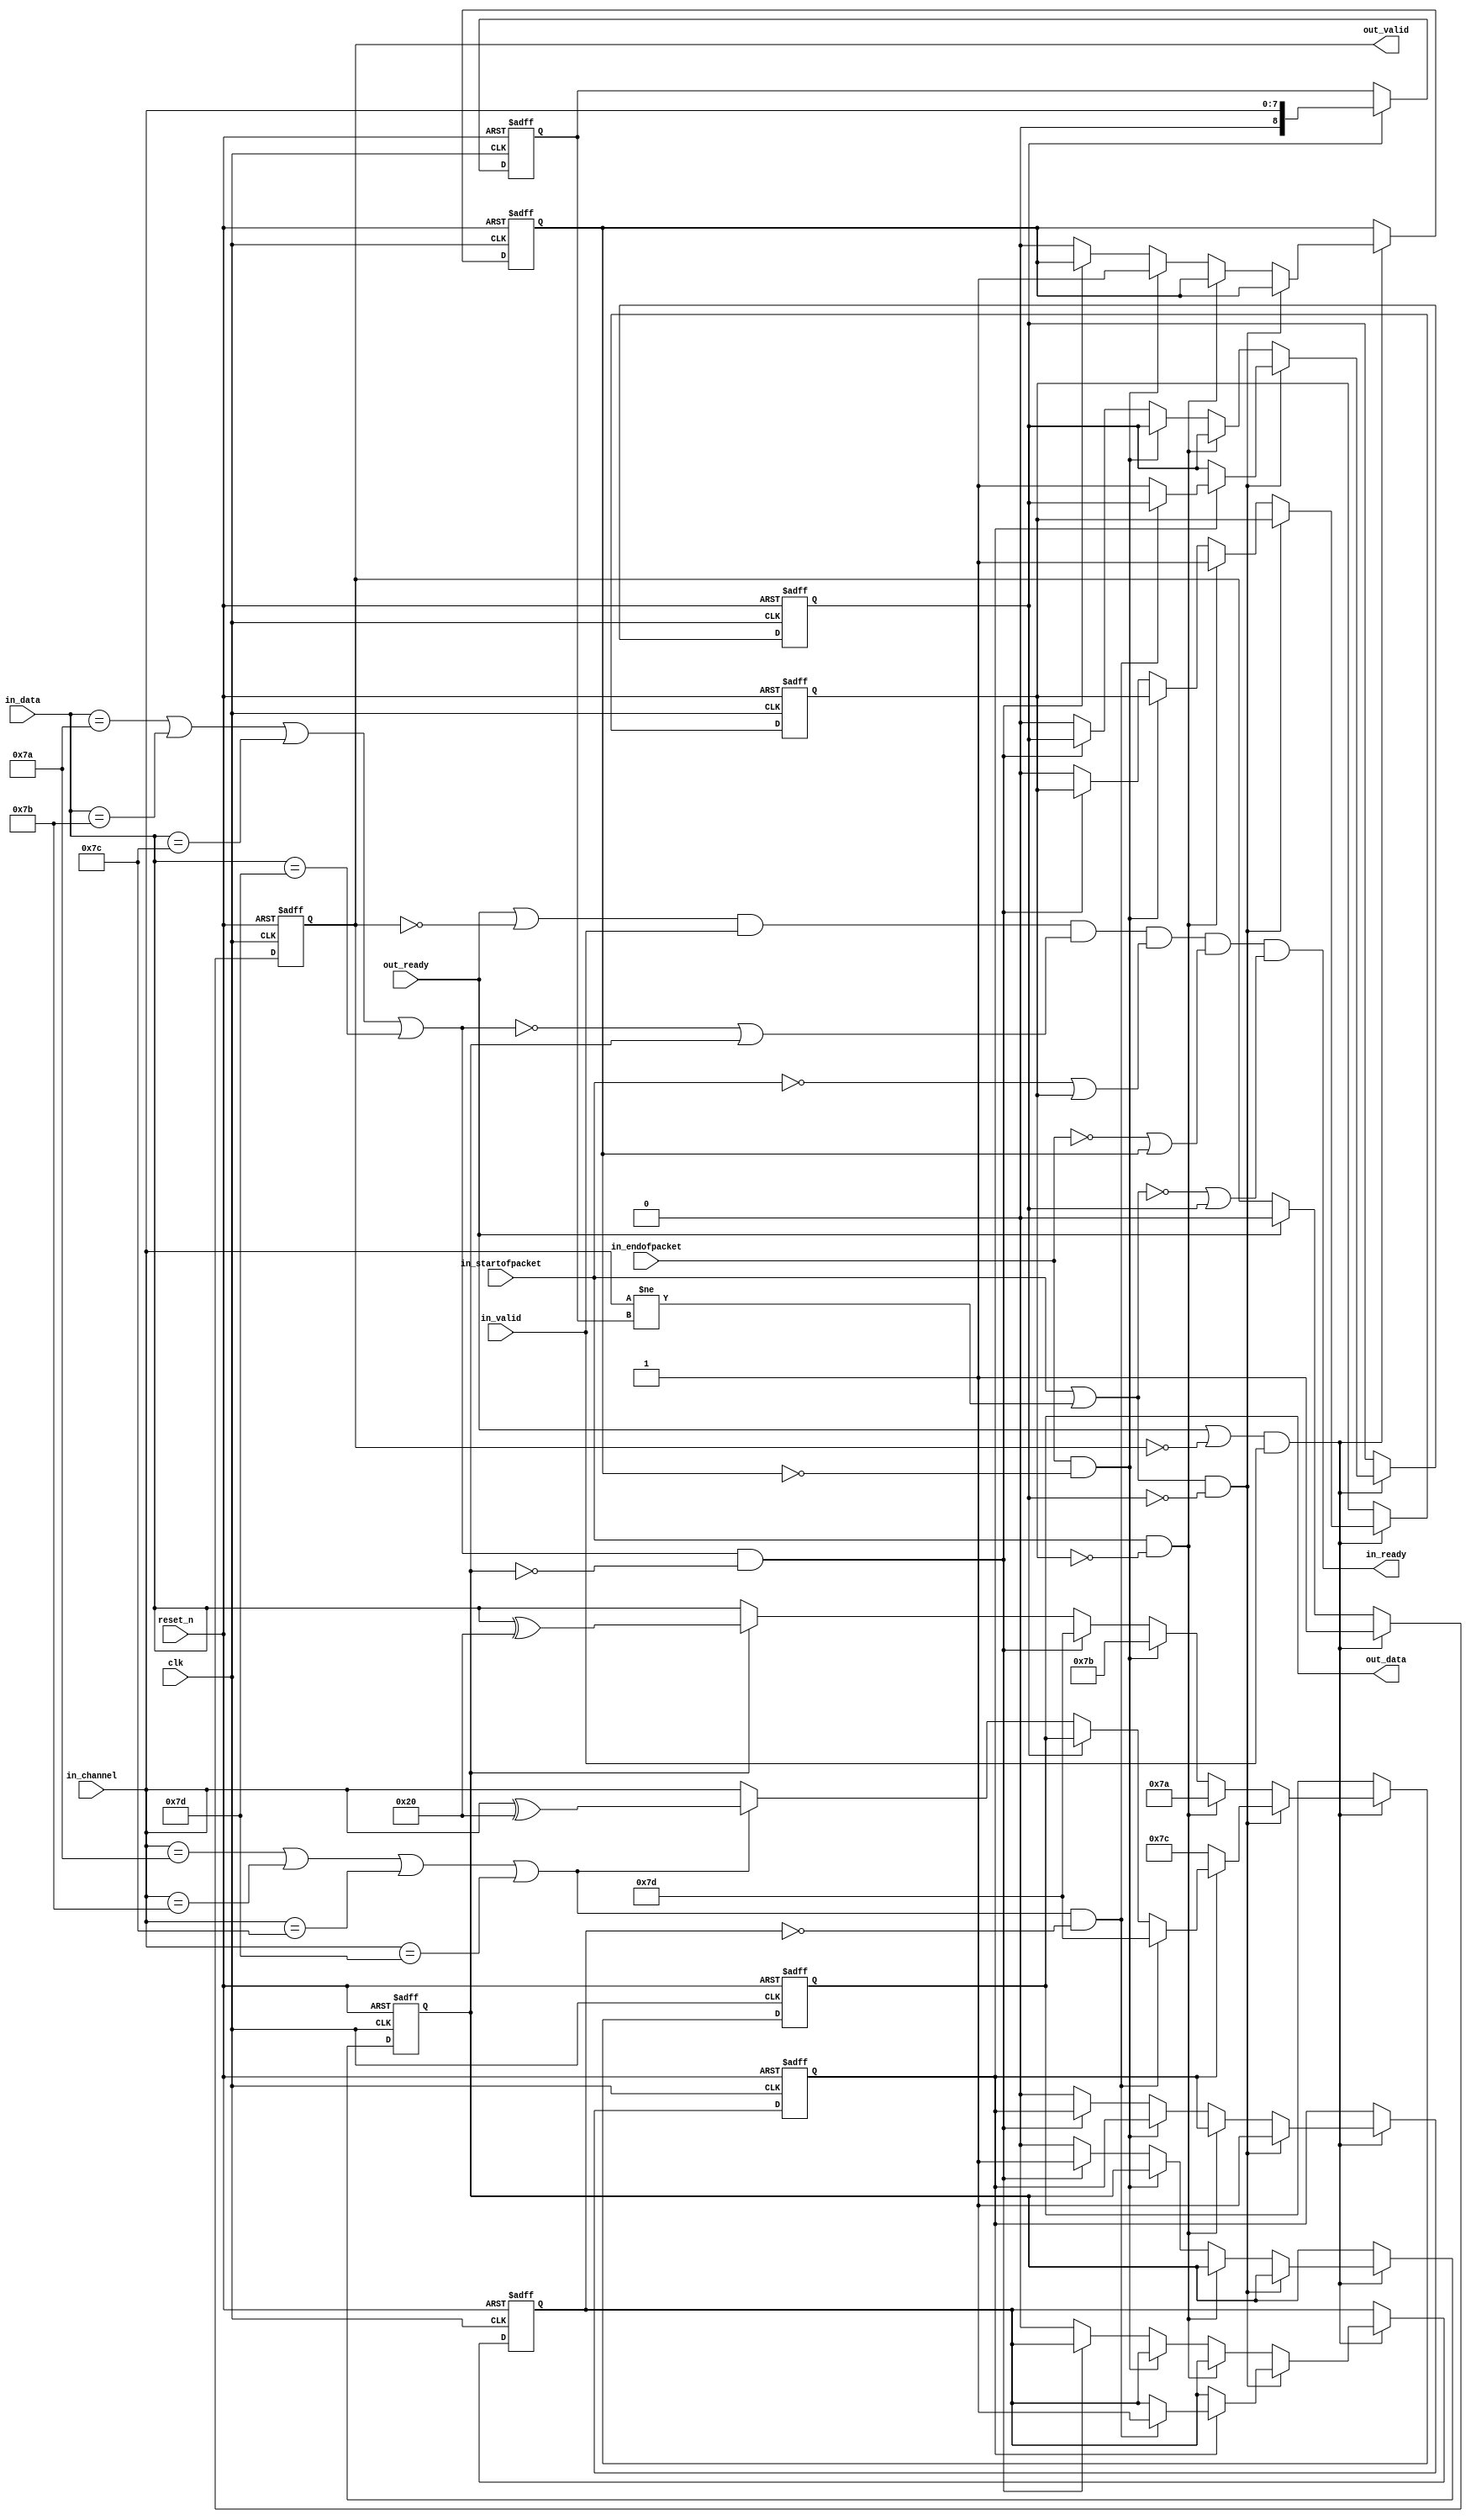
// Copyright 2009 Altera Corporation. All rights reserved.  
// Your use of Altera Corporation's design tools, logic functions and other software and tools, and its AMPP partner logic 
// functions, and any output files any of the foregoing (including device programming or simulation files), and any associated 
// documentation or information are expressly subject to the terms and conditions of the Altera Program License Subscription 
// Agreement, Altera MegaCore Function License Agreement, or other applicable license agreement, including, without limitation, 
// that your use is for the sole purpose of programming logic devices manufactured by Altera and sold by Altera or its authorized 
// distributors.  Please refer to the applicable agreement for further details.


`timescale 1ns / 100ps
module ddr2_v10_1_altera_avalon_st_packets_to_bytes (

      input              clk,
      input              reset_n,
      output reg         in_ready,
      input              in_valid,
      input      [7: 0]  in_data,
      input      [7: 0]  in_channel,
      input              in_startofpacket,
      input              in_endofpacket,

      input              out_ready,
      output reg         out_valid,
      output reg [7: 0]  out_data
);


   reg  sent_esc, sent_sop, sent_eop;
   reg  sent_channel_char, channel_escaped, sent_channel; 
   reg  [8:0] stored_channel;

   wire channel_changed, channel_needs_esc;
   wire need_sop, need_eop, need_esc, need_channel;


   assign need_esc = (in_data == 8'h7a |
                      in_data == 8'h7b | 
                      in_data == 8'h7c | 
                      in_data == 8'h7d); 
   assign need_eop = (in_endofpacket);
   assign need_sop = (in_startofpacket);
   assign need_channel = (need_sop | channel_changed);

   assign channel_changed = (in_channel != stored_channel);
   assign channel_needs_esc = (in_channel == 8'h7a |
                               in_channel == 8'h7b |
                               in_channel == 8'h7c |
                               in_channel == 8'h7d); 

   always @(posedge clk or negedge reset_n) begin
      if (!reset_n) begin
         sent_esc <= 0; 
         sent_sop <= 0; 
         sent_eop <= 0; 
         sent_channel <= 0; 
         channel_escaped <= 0;
         sent_channel_char <= 0;
         out_data <= 0;
         out_valid <= 0;
      end else begin
         if (out_ready)
           out_valid <= 0;
      
         if ((out_ready | ~out_valid) && in_valid)
           out_valid <= 1; 
           
         if ((out_ready | ~out_valid) && in_valid) begin
            if (need_channel & ~sent_channel) begin
                 if (~sent_channel_char) begin
                    sent_channel_char <= 1;
                    out_data <= 8'h7c;
                 end else if (channel_needs_esc & ~channel_escaped) begin
                    out_data <= 8'h7d;
                    channel_escaped <= 1;
                 end else if (~sent_channel) begin
                    sent_channel <= 1;
                    if (channel_needs_esc) out_data <= in_channel ^ 8'h20;
                    else                   out_data <= in_channel;
                 end
            end else if (need_sop & ~sent_sop) begin
                 sent_sop <= 1;
                 out_data <= 8'h7a;
            end else if (need_eop & ~sent_eop) begin
                 sent_eop <= 1;
                 out_data <= 8'h7b;
            end else if (need_esc & ~sent_esc) begin
                 sent_esc <= 1;
                 out_data <= 8'h7d;
            end else begin
                 if (sent_esc)    out_data <= in_data ^ 8'h20;
                 else             out_data <= in_data;
                 sent_esc <= 0; 
                 sent_sop <= 0; 
                 sent_eop <= 0; 
                 sent_channel <= 0; 
                 channel_escaped <= 0;
                 sent_channel_char <= 0;
            end
         end
      end
   end

   always @(posedge clk or negedge reset_n) begin
      if (!reset_n) begin
         stored_channel <= 9'h1ff;
      end else begin
         if (sent_channel) begin
            stored_channel <= in_channel;
         end
      end
   end

   always @* begin
      
      in_ready = (out_ready | !out_valid) & in_valid & (~need_esc | sent_esc)
                 & (~need_sop | sent_sop) 
                 & (~need_eop | sent_eop)
                 & (~need_channel | sent_channel);
      
   end
endmodule